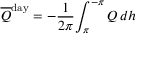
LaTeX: { \overline { { Q } } } ^ { \mathrm { d a y } } = - { \frac { 1 } { 2 \pi } } { \int _ { \pi } ^ { - \pi } Q \, d h }